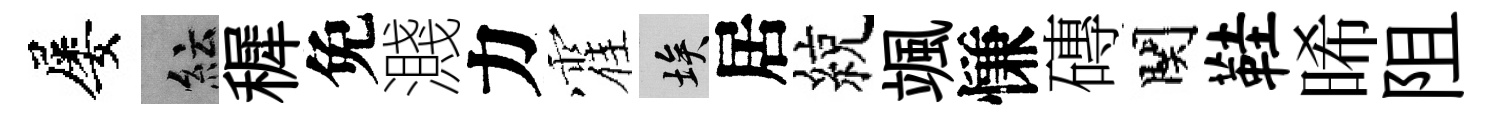
屡紜穉免濺力霍埃居綂颯慊磚関鞋晞阻